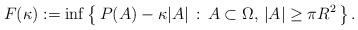
LaTeX: \begin{align*}F(\kappa):= \inf \left \{\,P(A)-\kappa|A|\,:\, A\subset \Omega,\, |A| \ge \pi R^2 \,\right\}.\end{align*}